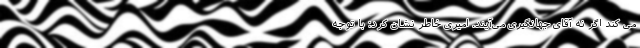
می کند اگر نه آقای جهانگیری می‌آیند. امیری خاطر نشان کرد: با توجه